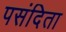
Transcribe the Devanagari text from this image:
पसंदिता